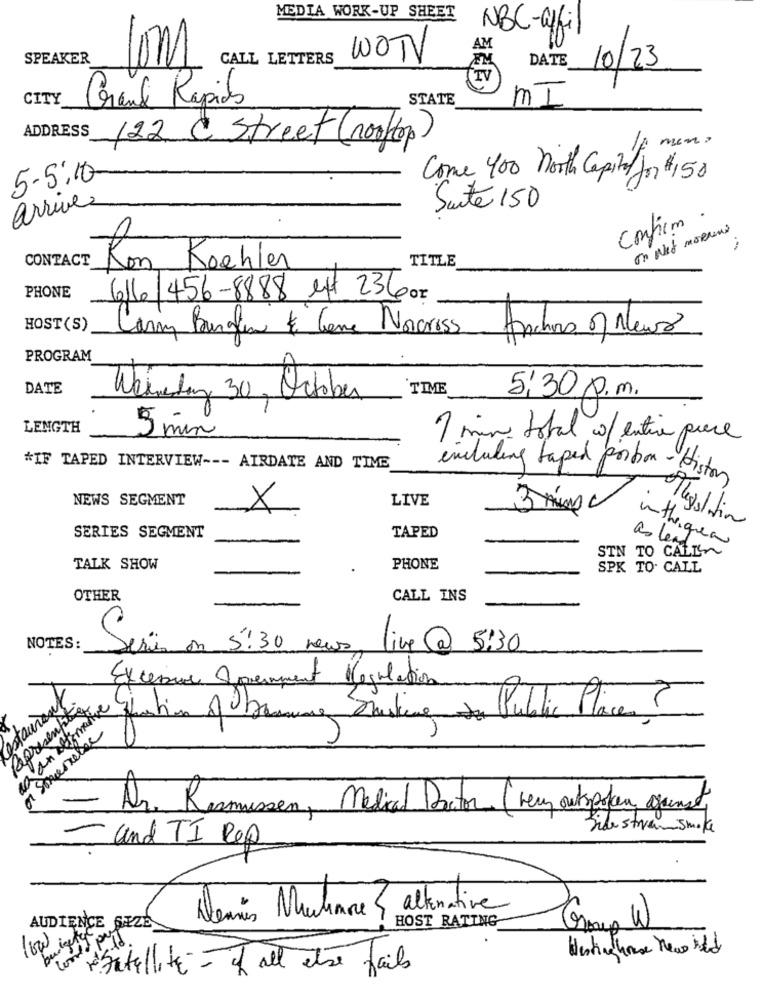
MEDIA WORK-UP SHEET
NBC-affi
AM
SPEAKER
Com
CALL LETTERS
WOTV
DATE
10/23
TV
CITY
Grand Rapids
STATE
MI
ADDRESS 122 & Street (100/op)
men ?
5-5:10-
Come 400 north Capital for $150
arrivez
Suite 150
Confirm .
on Net morning
CONTACT
TITLE
Kon Koehler
PHONE
616/456-8888 ext 236 oz
HOST (S)
Conny Banglen & Come Noncross
Anchas of Neuro
PROGRAM
DATE
TIME
Weinesting 30 , October
5:30 p.m.
LENGTH
5 min
7 min total w/entire pure
*IF TAPED INTERVIEW --- AIRDATE AND TIME
including taped portion - Histor
NEWS SEGMENT
LIVE
X
3 min
Thepolitie
SERIES SEGMENT
TAPED
STN TO CALL~
as lead.
withriquea
TALK SHOW
PHONE
SPK TO. CALL
OTHER
CALL INS
NOTES:
Serin on 5:30 news.
live @
5:30
Excersur government Regulation
estaurant
Representar
ao an detomat
quintin of being Dusting Public Places ?
or Someoneter
- Dr. Resmusse
wissen, Medical Doctor (very outspoken against)
Side stream smoke
- and TI Rep
Dennis Muchance& altenative
HOST RATING
AUDIENCE SIZE
budgety
Satellite - If all else fails